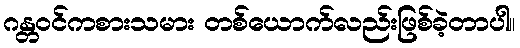
ဂန္တဝင်ကစားသမား တစ်ယောက်လည်းဖြစ်ခဲ့တာပါ။